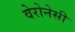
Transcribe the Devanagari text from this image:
वेरोनेसी